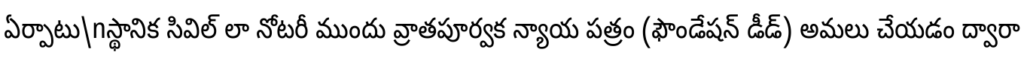
ఏర్పాటు\nస్థానిక సివిల్ లా నోటరీ ముందు వ్రాతపూర్వక న్యాయ పత్రం (ఫౌండేషన్ డీడ్) అమలు చేయడం ద్వారా